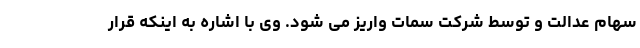
سهام عدالت و توسط شرکت سمات واریز می شود. وی با اشاره به اینکه قرار